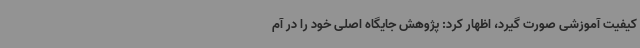
کیفیت آموزشی صورت گیرد، اظهار کرد: پژوهش جایگاه اصلی خود را در آم